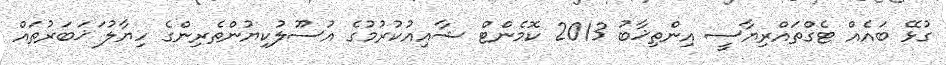
ގުޅޭ ބައެއް ޓެގްތައްރިޔާސީ އިންތިޚާބު 2013 ކޮމެންޓް ޝާއިއުކުރުމުގެ އުސޫލުކިޔުންތެރިންގެ ހިޔާލު ަޚަބަރުތައް